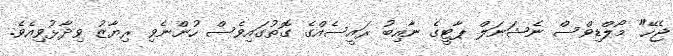
ޖެހޭ" މޯލްޑިވްސް ނެޝަނަލް ޕާޓީގެ ނާއިބު ރައީސެއްގެ ގޮތުގައިވެސް ހުންނެވި ރިޔާޒު ވިދާޅުވިއެވެ.